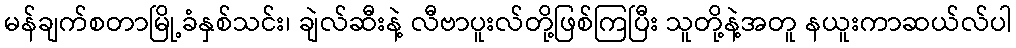
မန်ချက်စတာမြို့ခံနှစ်သင်း၊ ချဲလ်ဆီးနဲ့ လီဗာပူးလ်တို့ဖြစ်ကြပြီး သူတို့နဲ့အတူ နယူးကာဆယ်လ်ပါ